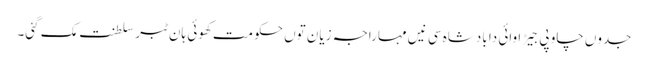
جدوں چاو پی جیڑا وائی دا بادشاہ سی نیں مہاراجہ زیان توں حکومت کھوئی ہان ٹبر سلطنت مک گئی۔